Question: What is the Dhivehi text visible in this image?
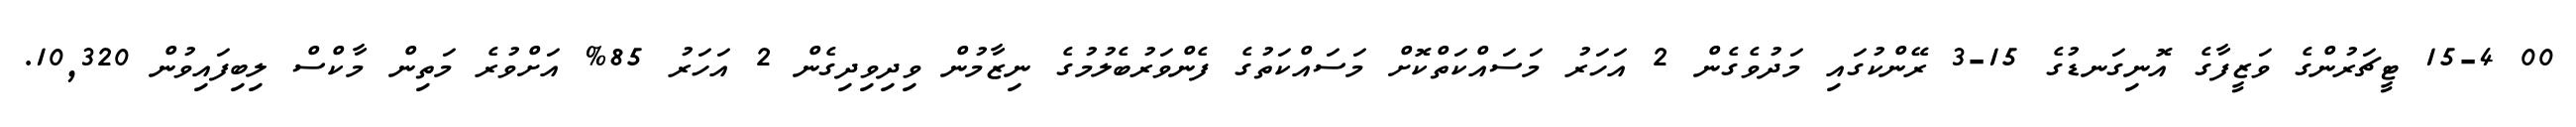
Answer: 00 15-4 ޓީޗަރުންގެ ވަޒީފާގެ އޮނިގަނޑުގެ 15-3 ރޭންކުގައި މަދުވެގެން 2 އަހަރު މަސައްކަތްކޮށް މަސައްކަތުގެ ފެންވަރުބެލުމުގެ ނިޒާމުން ވިދިވިދިގެން 2 އަހަރު 85% އަށްވުރެ މަތިން މާކްސް ލިބިފައިވުން 10,320.